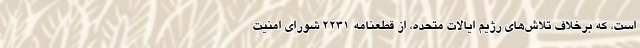
است، که برخلاف تلاش­های رژیم ایالات متحده، از قطعنامه ۲۲۳۱ شورای امنیت